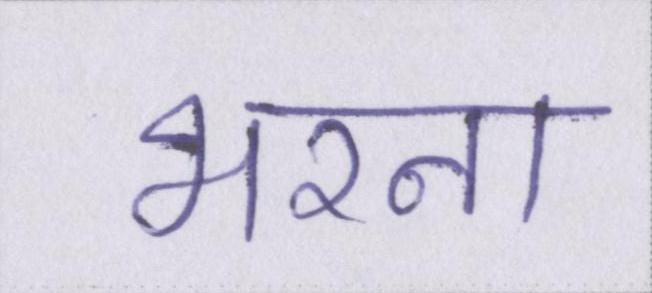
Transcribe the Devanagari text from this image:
भरना